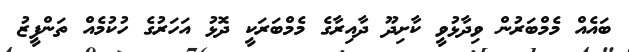
ބައެއް މެމްބަރުން ވިދާޅުވީ ކާށިދޫ ދާއިރާގެ މެމްބަރަކީ ދޮޅު އަހަރުގެ ހުކުމެއް ތަންފީޒު